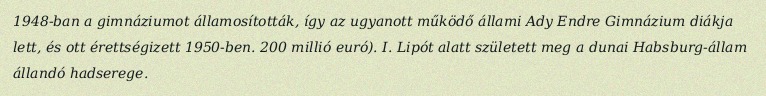
1948-ban a gimnáziumot államosították, így az ugyanott működő állami Ady Endre Gimnázium diákja lett, és ott érettségizett 1950-ben. 200 millió euró). I. Lipót alatt született meg a dunai Habsburg-állam állandó hadserege.